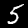
Label: 5